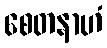
စေတနာဟံ